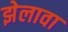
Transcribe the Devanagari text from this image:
झेलावा